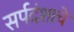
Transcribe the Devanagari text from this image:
सर्पदंशाचे